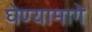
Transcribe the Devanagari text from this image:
घेण्यामागे